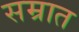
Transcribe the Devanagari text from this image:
सम्रात